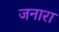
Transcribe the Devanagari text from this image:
जनारा